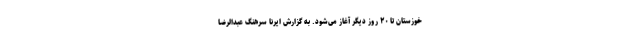
خوزستان تا ۲۰ روز دیگر آغاز می‌شود. به گزارش ایرنا سرهنگ عبدالرضا